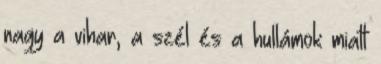
nagy a vihar, a szél és a hullámok miatt